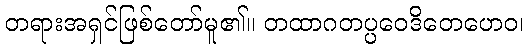
တရားအရှင်ဖြစ်တော်မူ၏။ တထာဂတပ္ပဝေဒိတေဟေဝ၊